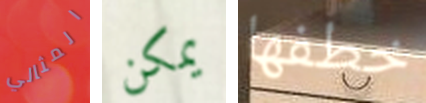
المثالي يمكن خطفها